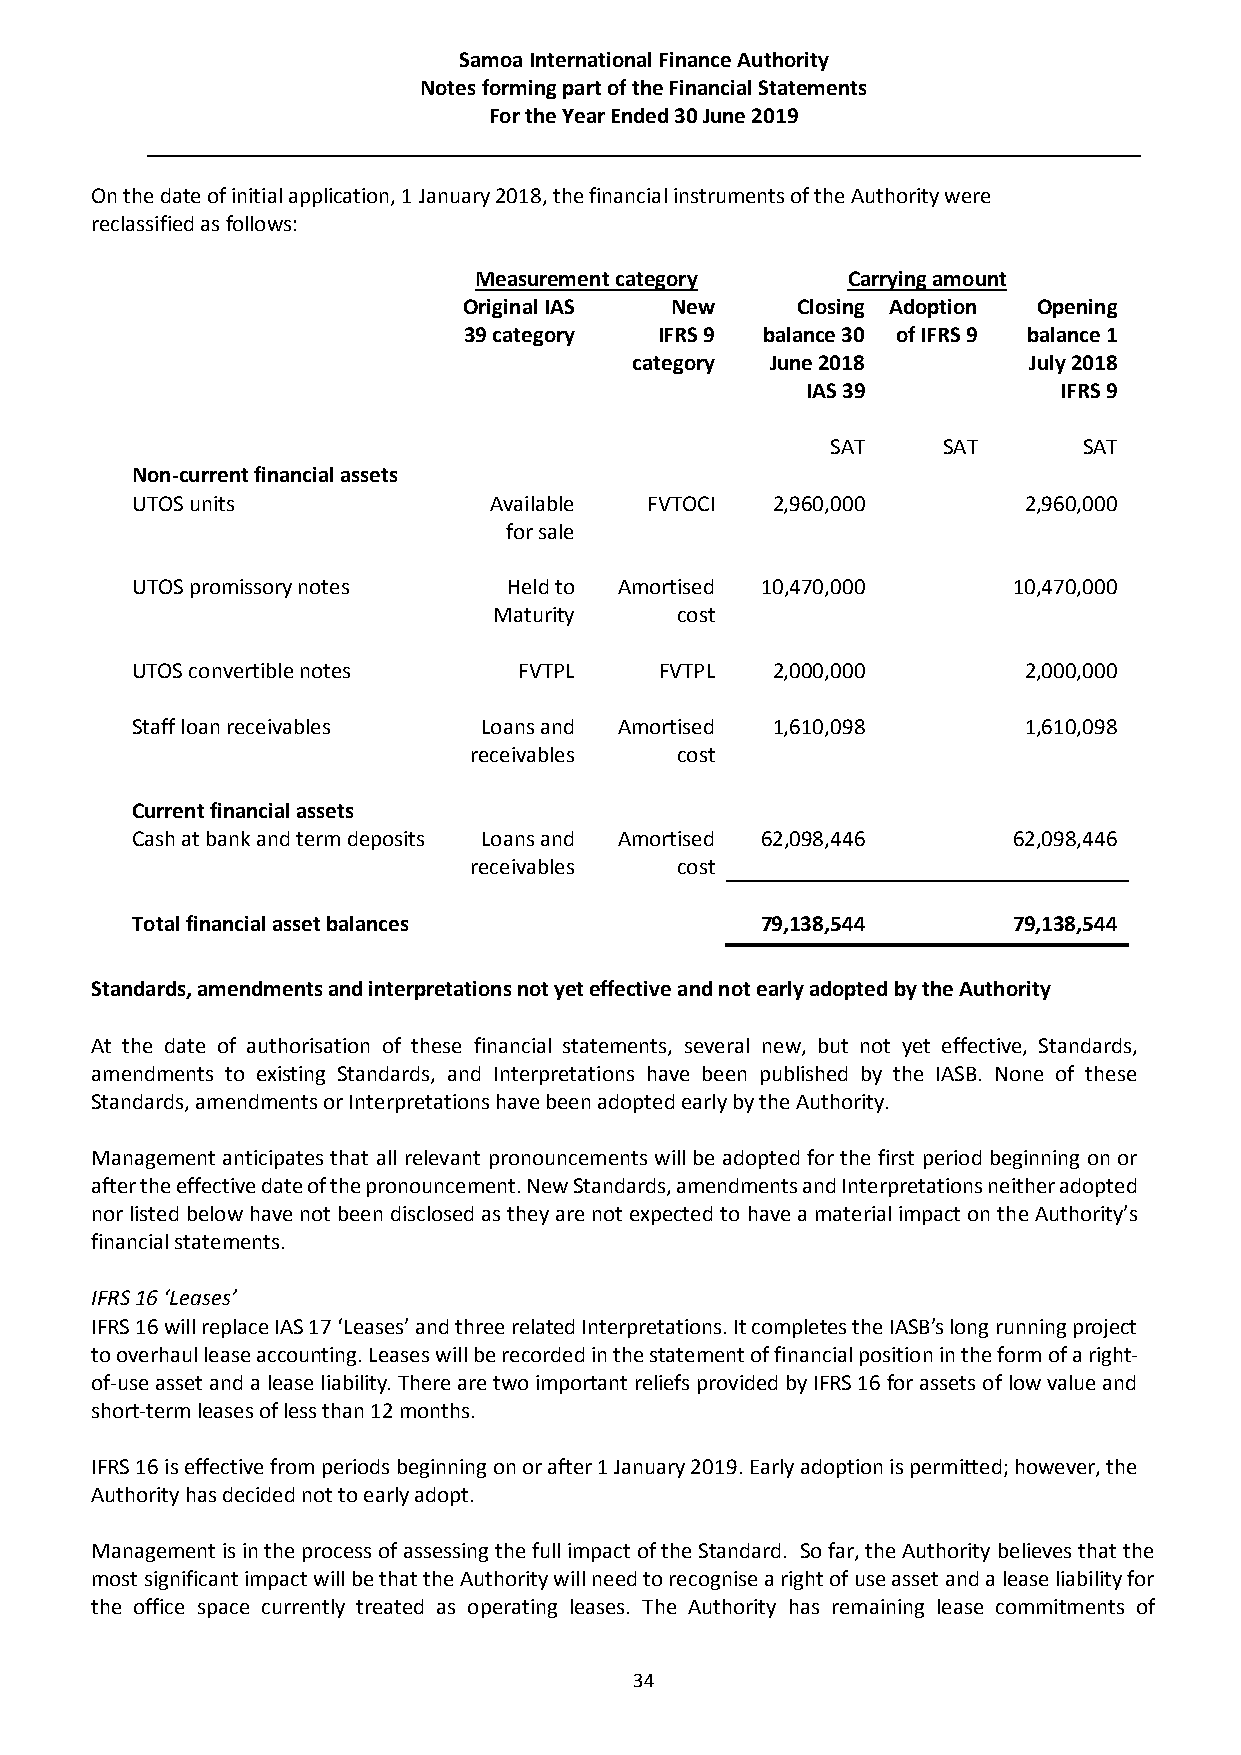
Samoa International Finance Authority
 Notes forming part of the Financial Statements
 For the Year Ended 30 June 2019
 On the date of initial application, 1 January 2018, the financial instruments of the Authority were
 reclassified as follows:
 Measurement category     Carrying amount
 Original IAS New      Closing Adoption Opening
 39 category  IFRS 9 balance 30 of IFRS 9 balance 1
 category June 2018        July 2018
 IAS 39           IFRS 9
 SAT    SAT       SAT
 Non-current financial assets
 UTOS units             Available  FVTOCI  2,960,000        2,960,000
 for sale
 UTOS promissory notes    Held to Amortised 10,470,000     10,470,000
 Maturity    cost
 UTOS convertible notes   FVTPL     FVTPL  2,000,000        2,000,000
 Staff loan receivables Loans and Amortised 1,610,098       1,610,098
 receivables   cost
 Current financial assets
 Cash at bank and term deposits Loans and Amortised 62,098,446 62,098,446
 receivables   cost
 Total financial asset balances           79,138,544       79,138,544
 Standards, amendments and interpretations not yet effective and not early adopted by the Authority
 At the date of authorisation of these financial statements, several new, but not yet effective, Standards,
 amendments to existing Standards, and Interpretations have been published by the IASB. None of these
 Standards, amendments or Interpretations have been adopted early by the Authority.
 Management anticipates that all relevant pronouncements will be adopted for the first period beginning on or
 after the effective date of the pronouncement. New Standards, amendments and Interpretations neither adopted
 nor listed below have not been disclosed as they are not expected to have a material impact on the Authority’s
 financial statements.
 IFRS 16 ‘Leases’
 IFRS 16 will replace IAS 17 ‘Leases’ and three related Interpretations. It completes the IASB’s long running project
 to overhaul lease accounting. Leases will be recorded in the statement of financial position in the form of a right-
 of-use asset and a lease liability. There are two important reliefs provided by IFRS 16 for assets of low value and
 short-term leases of less than 12 months.
 IFRS 16 is effective from periods beginning on or after 1 January 2019. Early adoption is permitted; however, the
 Authority has decided not to early adopt.
 Management is in the process of assessing the full impact of the Standard. So far, the Authority believes that the
 most significant impact will be that the Authority will need to recognise a right of use asset and a lease liability for
 the office space currently treated as operating leases. The Authority has remaining lease commitments of
 34